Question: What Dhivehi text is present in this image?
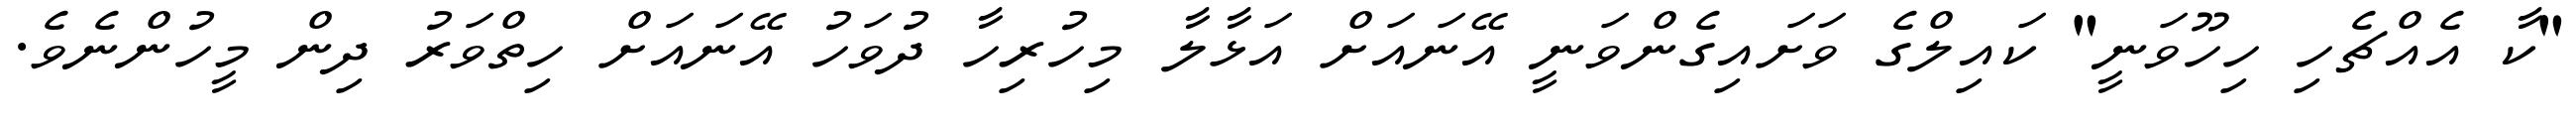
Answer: "ކާ އެއްޗެހި ހިހޫވަނީ" ކައިލްގެ ވަށައިގެންވަނީ އޭނައަށް އަޅާލާ މިހުރިހާ ދުވަހު އޭނައަށް ހިތްވަރު ދިން މީހުންނެވެ.